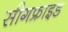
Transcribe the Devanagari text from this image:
सीगफ्राइड